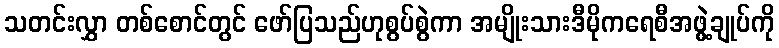
သတင်းလွှာ တစ်စောင်တွင် ဖော်ပြသည်ဟုစွပ်စွဲကာ အမျိုးသားဒီမိုကရေစီအဖွဲ့ချုပ်ကို